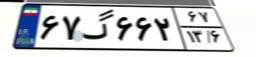
۶۷گ۶۶۲۶۷